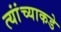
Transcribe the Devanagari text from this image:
त्यांंच्याकडे